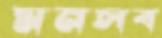
মনসব